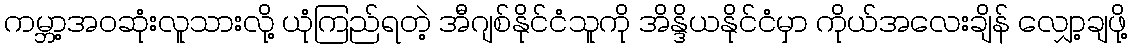
ကမ္ဘာ့အဝဆုံးလူသားလို့ ယုံကြည်ရတဲ့ အီဂျစ်နိုင်ငံသူကို အိန္ဒိယနိုင်ငံမှာ ကိုယ်အလေးချိန် လျှော့ချဖို့